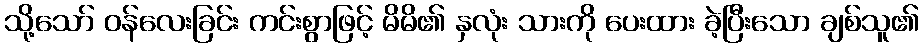
သို့သော် ဝန်လေးခြင်း ကင်းစွာဖြင့် မိမိ၏ နှလုံး သားကို ပေးထား ခဲ့ပြီးသော ချစ်သူ၏